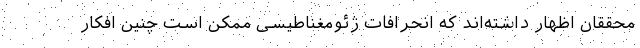
محققان اظهار داشته‌اند که انحرافات ژئومغناطیسی ممکن است چنین افکار